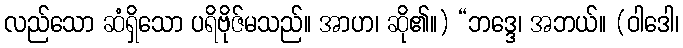
လည်သော ဆံရှိသော ပရိဗိုဇ်မသည်။ အာဟ၊ ဆို၏။) “ဘဒ္ဒေ၊ အဘယ်။ (ဝါဒေါ၊